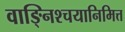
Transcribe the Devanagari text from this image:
वाङ्निश्चयानिमित्त